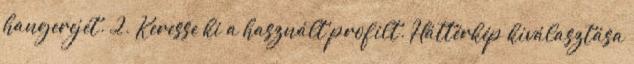
hangerejét. 2. Keresse ki a használt profilt. Háttérkép kiválasztása